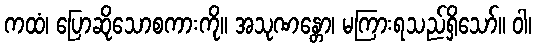
ကထံ၊ ပြောဆိုသောစကားကို။ အသုဏန္တော၊ မကြားရသည်ရှိသော်။ ဝါ၊